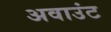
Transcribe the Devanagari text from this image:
अवाउंट